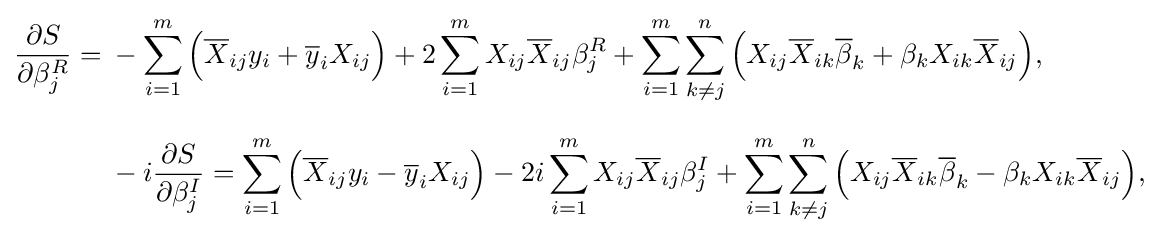
{\begin{aligned}{\frac {\partial S}{\partial \beta _{j}^{R}}}={}&-\sum _{i=1}^{m}{\Big (}{\overline {X}}_{ij}y_{i}+{\overline {y}}_{i}X_{ij}{\Big )}+2\sum _{i=1}^{m}X_{ij}{\overline {X}}_{ij}\beta _{j}^{R}+\sum _{i=1}^{m}\sum _{k\neq j}^{n}{\Big (}X_{ij}{\overline {X}}_{ik}{\overline {\beta }}_{k}+\beta _{k}X_{ik}{\overline {X}}_{ij}{\Big )},\\[8pt]&{}-i{\frac {\partial S}{\partial \beta _{j}^{I}}}=\sum _{i=1}^{m}{\Big (}{\overline {X}}_{ij}y_{i}-{\overline {y}}_{i}X_{ij}{\Big )}-2i\sum _{i=1}^{m}X_{ij}{\overline {X}}_{ij}\beta _{j}^{I}+\sum _{i=1}^{m}\sum _{k\neq j}^{n}{\Big (}X_{ij}{\overline {X}}_{ik}{\overline {\beta }}_{k}-\beta _{k}X_{ik}{\overline {X}}_{ij}{\Big )},\end{aligned}}